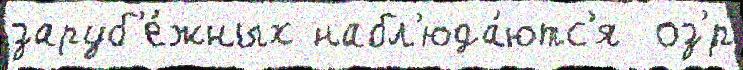
заруб'е́жных набл'юда́ютс'я  оз'́р